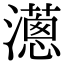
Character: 𤁬